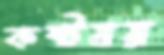
কষ্টময়